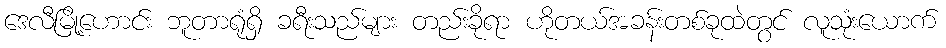
ဒေလီမြို့ဟောင်း ဘူတာရုံရှိ ခရီးသည်များ တည်းခိုရာ ဟိုတယ်အခန်းတစ်ခုထဲတွင် လူသုံးယောက်